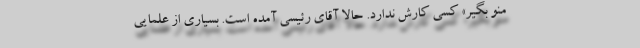
منو بگیر» کسی کارش ندارد. حالا آقای رئیسی آمده است. بسیاری از علمایی